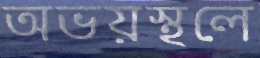
অভয়স্থলে